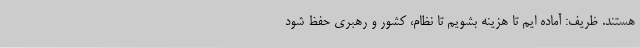
هستند. ظریف: آماده ایم تا هزینه بشویم تا نظام، کشور و رهبری حفظ شود